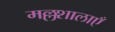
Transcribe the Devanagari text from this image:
मल्लशालाएँ